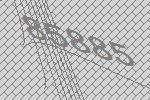
85885